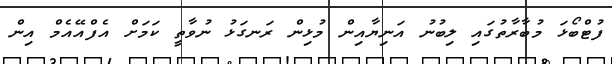
ފުޓްބޯޅަ މުބާރާތުގައި ލިބުނު އަނިޔާއިން މުޅިން ރަނގަޅު ނުވާތީ ކަމަށް އެފްއޭއެމް އިން